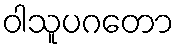
ဝါသူပဂတော